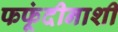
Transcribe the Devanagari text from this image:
फफूंदीनाशी